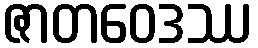
ဇာတဝေဒဿ